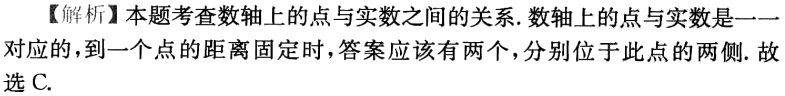
【解析】本题考查数轴上的点与实数之间的关系. 数轴上的点与实数是一一对应的，到一个点的距离固定时，答案应该有两个，分别位于此点的两侧. 故选 C.